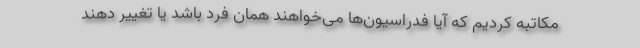
مکاتبه کردیم که آیا فدراسیون‌ها می‌خواهند همان فرد باشد یا تغییر دهند